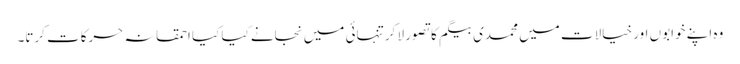
وہ اپنے خوابوں اور خیالات میں محمدی بیگم کا تصور لا کر تنہائی میں نجانے کیا کیا احمقانہ حرکات کرتا۔